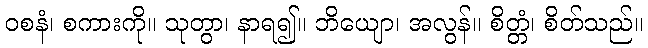
ဝစနံ၊ စကားကို။ သုတွာ၊ နာရ၍။ ဘိယျော၊ အလွန်။ စိတ္တံ၊ စိတ်သည်။